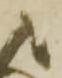
ま